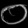
Digit: ၀